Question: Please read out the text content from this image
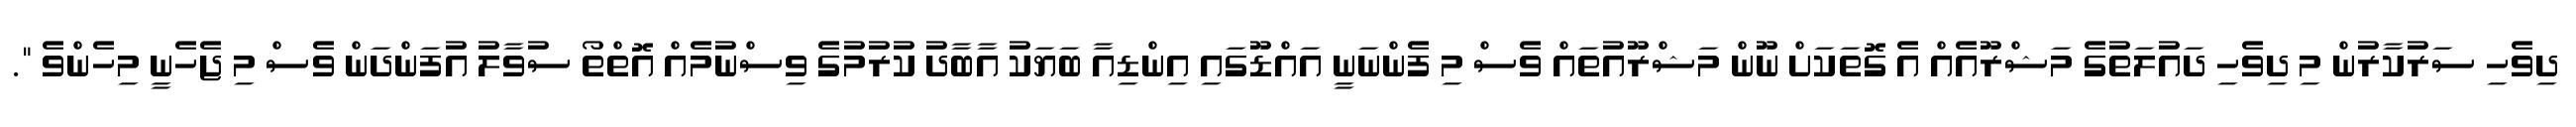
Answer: ދިވެހި ސަރުކާރުން މި ދިވެހި ދައުލަތުގެ މަޝްރޫއެއް އެ ގޮތަކަށް ނޫން މަޝްރޫއުތައް ވެސް މި ފެންނަނީ އައްޑޫގައި އިންޑިއާ ބަޔަކު އާބާދު ކުރުމުގެ ވިސްނުމެއް އޮތްތޯ ސުވާލު އުފަންދަން ވެސް މި ޖެހެނީ މިހެންވެ ".